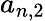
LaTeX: a_{n,2}